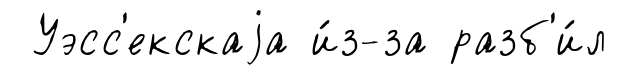
Уэсс'екскаjа и́з-за разб'и́л